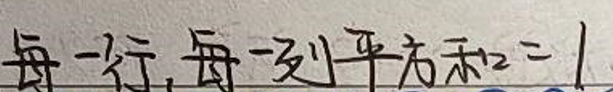
每一行, 每一列平方和 = 1